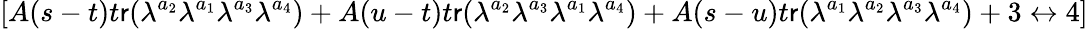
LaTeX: [A(s-t)t\mathsf{r}(\lambda^{a_{2}}\lambda^{a_{1}}\lambda^{a_{3}}\lambda^{a_{4}})+A(u-t)t\mathsf{r}(\lambda^{a_{2}}\lambda^{a_{3}}\lambda^{a_{1}}\lambda^{a_{4}})+A(s-u)t\mathsf{r}(\lambda^{a_{1}}\lambda^{a_{2}}\lambda^{a_{3}}\lambda^{a_{4}})+3\leftrightarrow4]